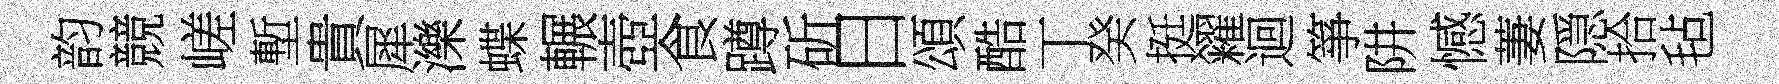
韵競嵯塹貴犀濼蝶輾壺食蹲斫日頌酷丅癸挺糴迴箏阱憾萋隠拾毡